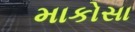
માકોસા